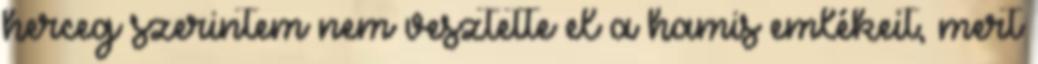
herceg szerintem nem vesztette el a hamis emlékeit, mert